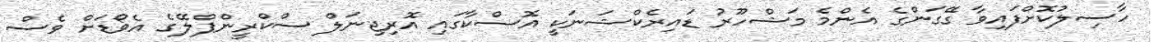
ހާސިލުކޮށްފައިވާ ގޭގަންގެ އެންމެ މަޝްހޫރު ޑައިރެކްޝަނަކީ އޮސްކާގައި އޮރިޖިނަލް ސްކްރީންޕްލޭގެ އެވޯޑަށް ވެސް